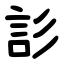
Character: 䚲